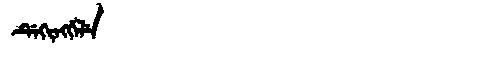
Manchu: ᡩᡝᡴᡳᠩᡤᡝᠯᡝ
Romanization: DEKINGGELE